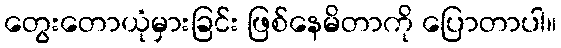
တွေးတောယုံမှားခြင်း ဖြစ်နေမိတာကို ပြောတာပါ။